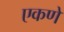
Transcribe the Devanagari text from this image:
एकणे